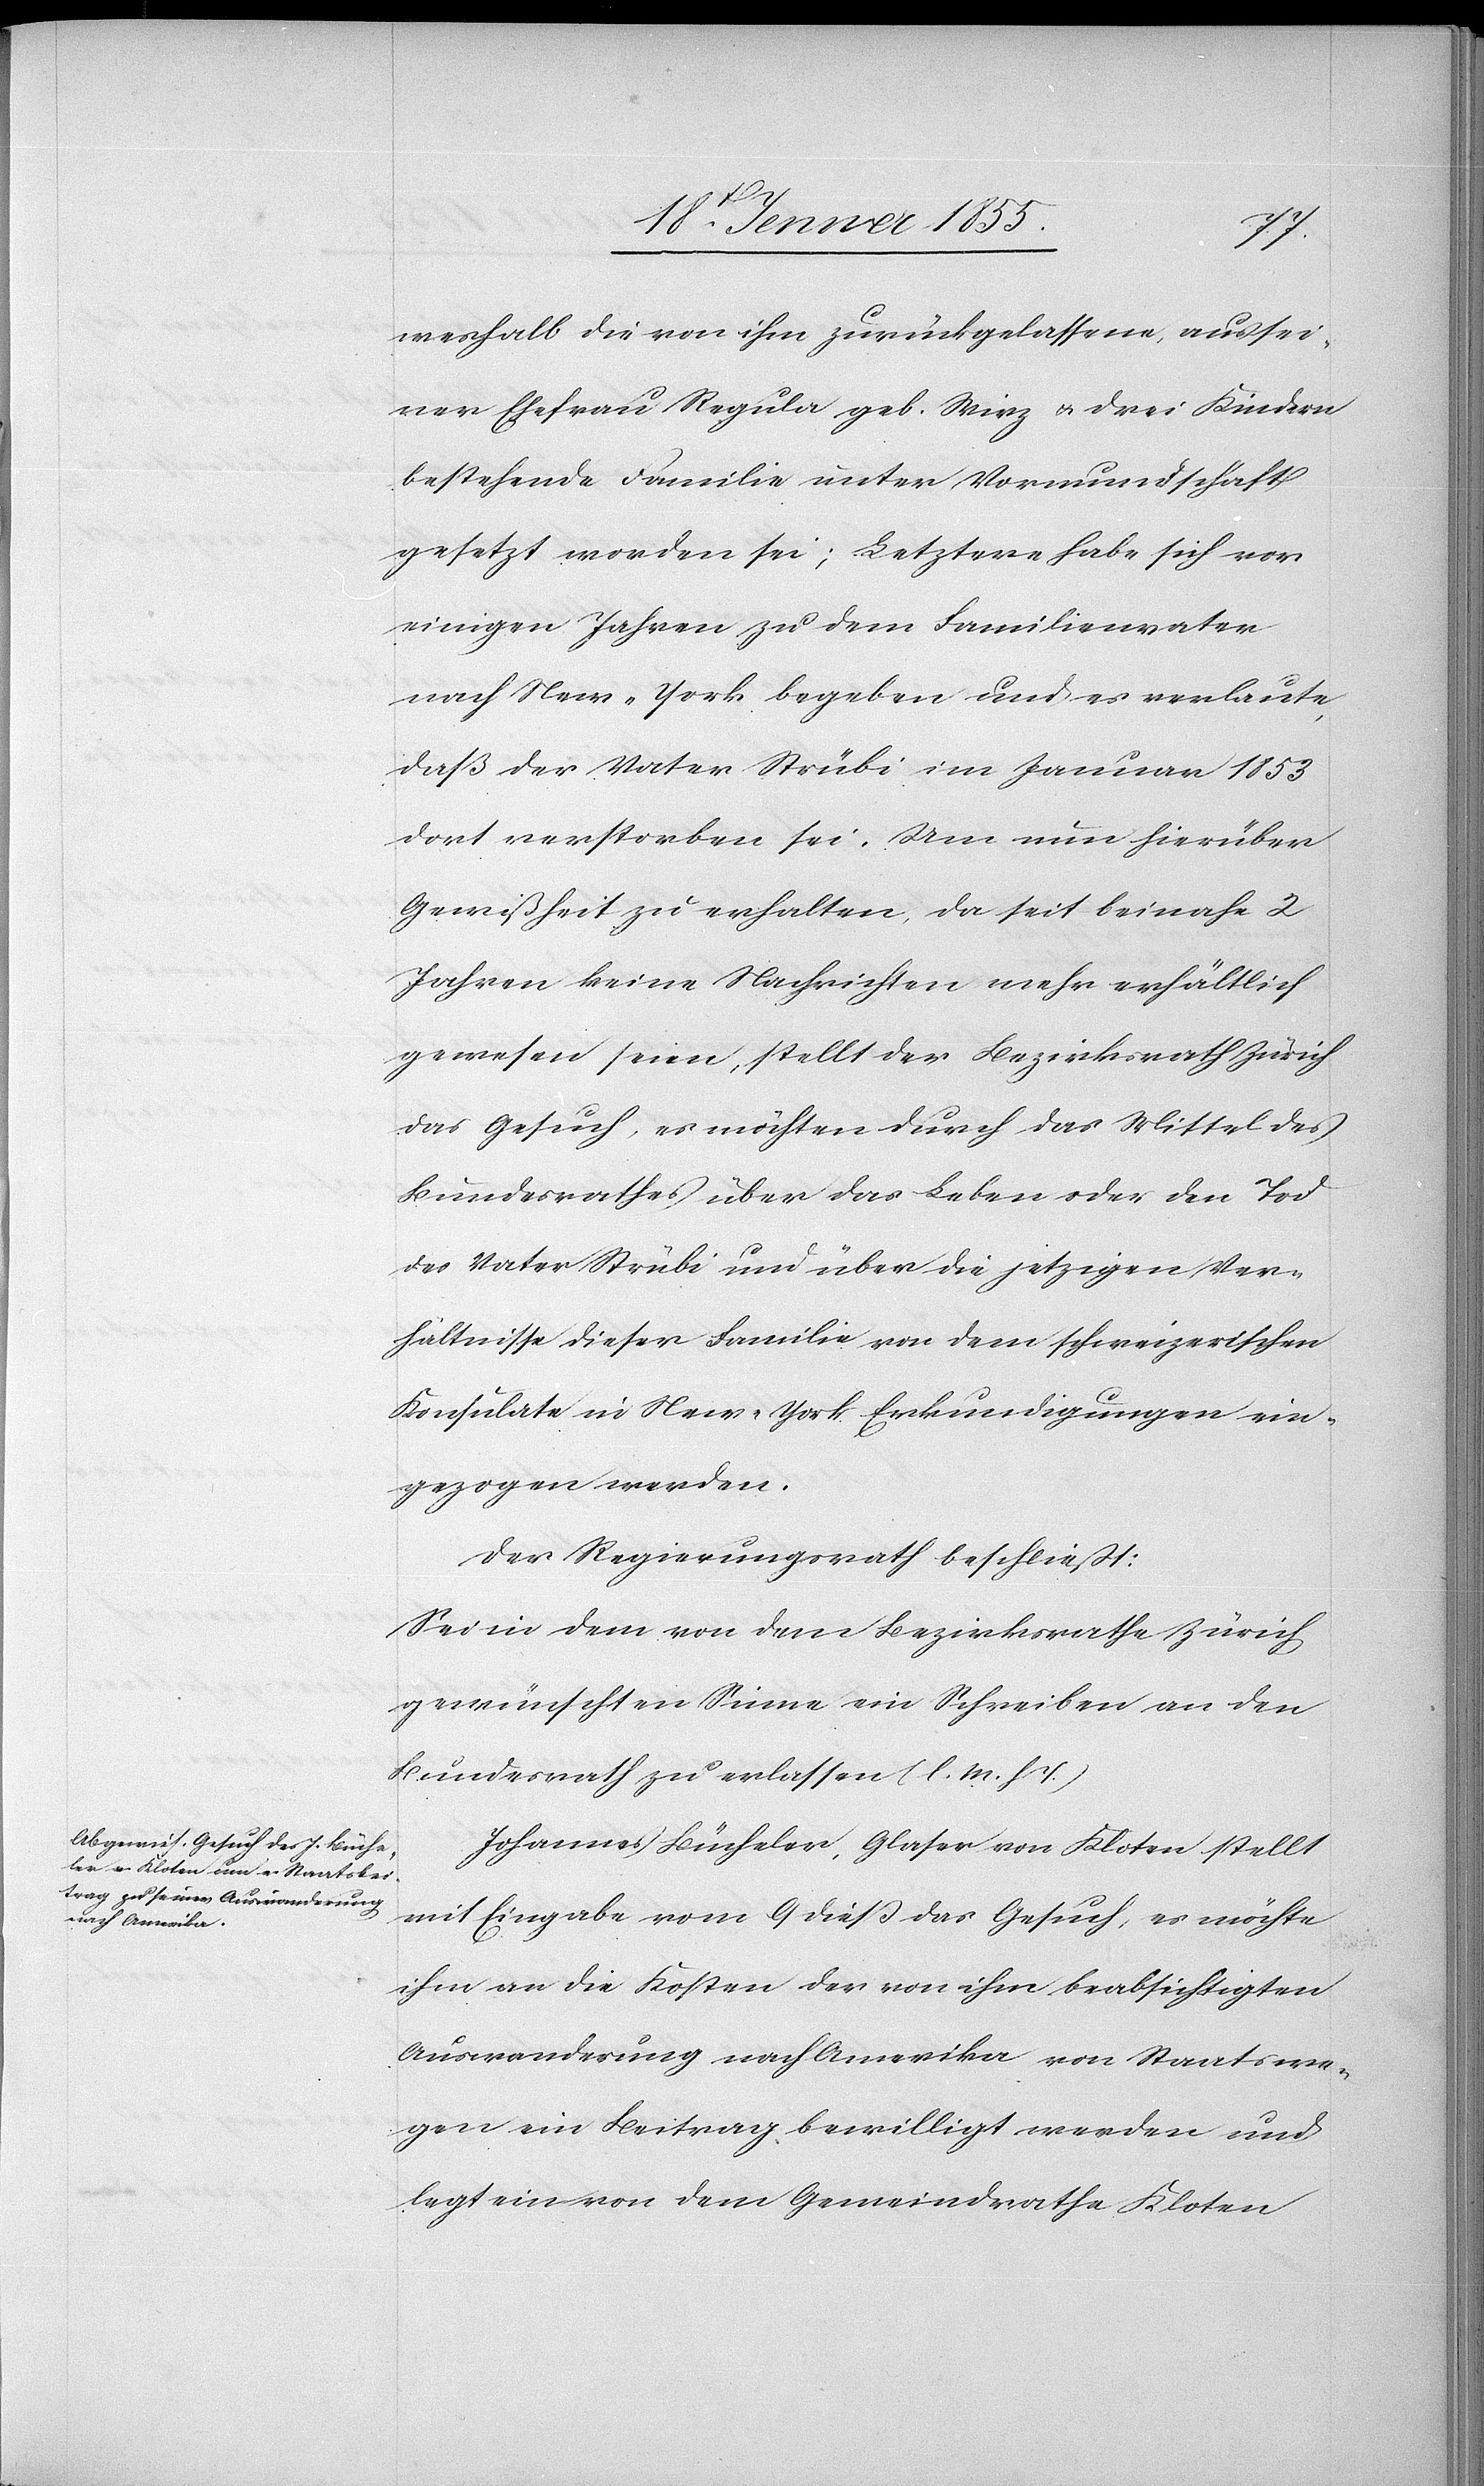
weshalb die von ihm zurückgelassene, aus sei¬
ner Ehefrau Regula geb. Wirz & drei Kindern
bestehende Familie unter Vormundschaft
gesetzt worden sei; Letztere habe sich vor
einigen Jahren zu dem Familienvater
nach New-York begeben und es verlaute,
daß der Vater Strübi im Januar 1853
dort verstorben sei. Um nun hierüber
Gewißheit zu erhalten, da seit beinahe 2
Jahren keine Nachrichten mehr erhältlich
gewesen seien, stellt der Bezirksrath Zürich
das Gesuch, es möchten durch das Mittel des
Bundesrathes über das Leben oder den Tod
des Vater Strübi und über die jetzigen Ver¬
hältnisse dieser Familie von dem schweizerischen
Konsulate in New-York Erkundigungen ein¬
gezogen werden.
Der Regierungsrath beschließt:
Sei in dem von dem Bezirksrathe Zürich
gewünschten Sinne ein Schreiben an den
Bundesrath zu erlassen (l. M. h. T.)
Johannes Bücheler, Glaser von Kloten stellt
mit Eingabe vom 9 dieß das Gesuch, es möchte
ihm an die Kosten der von ihm beabsichtigten
Auswanderung nach Amerika von Staatswe¬
gen ein Beitrag bewilligt werden und
legt ein von dem Gemeindrathe Kloten